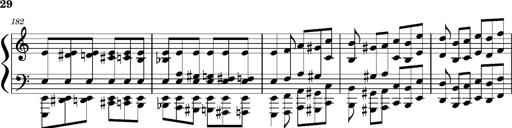
Title: Concerto sans orchestre, S.524a
Composer: Franz Liszt
Key: A major